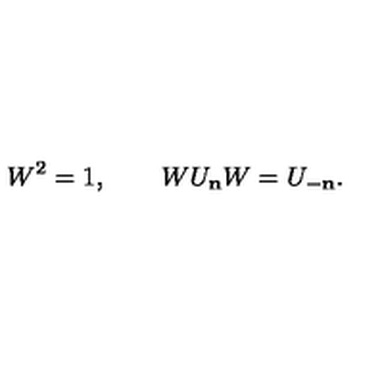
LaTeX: W ^ { 2 } = 1 , \qquad W U _ { \bf n } W = U _ { - \bf n } .